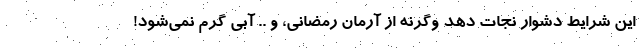
این شرایط دشوار نجات دهد وگرنه از آرمان رمضانی، و .. آبی گرم نمی‌شود!